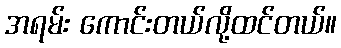
အရမ်း ကောင်းတယ်လို့ထင်တယ်။